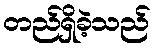
တည်ရှိခဲ့သည်